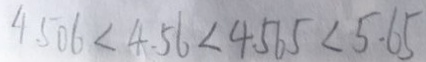
4 . 5 0 6 < 4 . 5 6 < 4 . 5 6 5 < 5 . 6 5